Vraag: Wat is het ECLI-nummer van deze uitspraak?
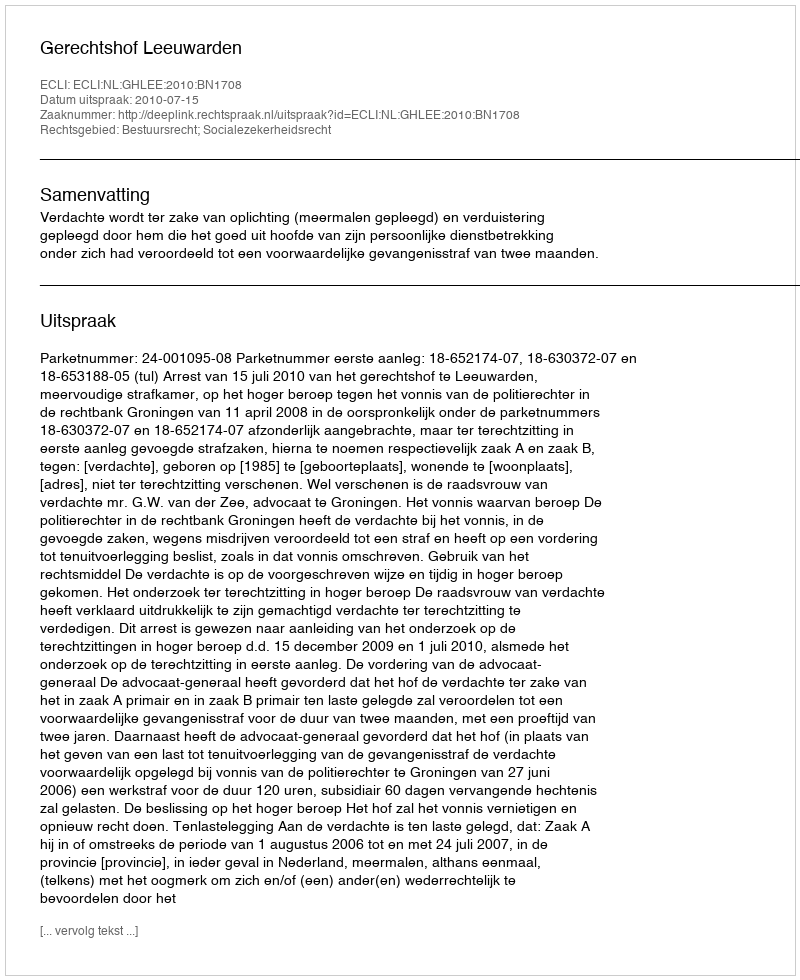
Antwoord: ECLI:NL:GHLEE:2010:BN1708